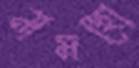
নামছো